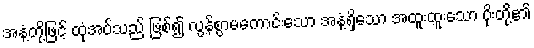
အနံ့တို့ဖြင့် ထုံအပ်သည် ဖြစ်၍ လွန်စွာမကောင်းသော အနံ့ရှိသော အထူးထူးသော ပိုးတို့၏